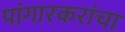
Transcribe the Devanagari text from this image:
पांगारकरांचा